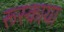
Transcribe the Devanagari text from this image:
रूस्काया